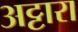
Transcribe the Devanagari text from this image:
अट्टारा